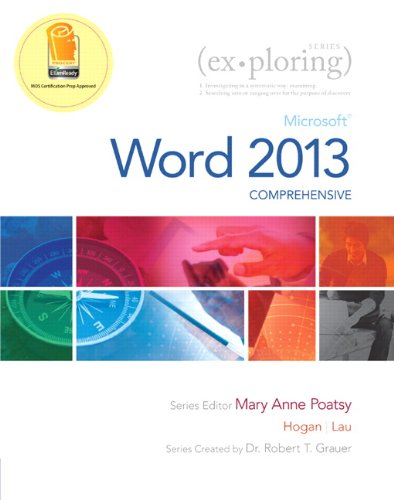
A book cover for Exploring: Microsoft Word 2013, Comprehensive (Exploring for Office 2013); Lynn Hogan; Computers & Technology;